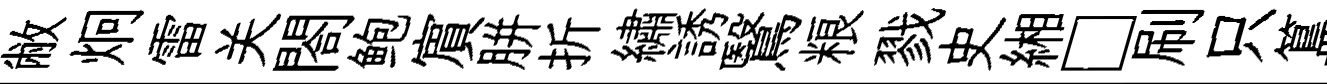
敝炯雷关閤鲍賔胼折繡誘鷖粮戮史緗□刷只簋